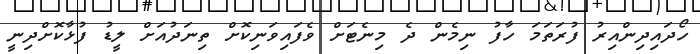
ހޯދައިދިންއިރު ފުރަތަމަ ހާފު ނިމެން ދެ މިނެޓަށް ވެފައިވަނިކޮށް ތިނަދުއަށް ލީޑު ފުޅާކޮށްދިނީ